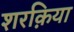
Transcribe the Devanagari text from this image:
शरक़िया